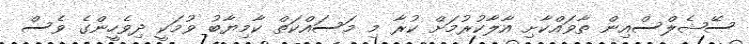
ސޭޝެލްސްއިން ތާވައްކާށި އާލާކުރުމަށް ކުރާ މި މަސައްކަތް ކާމިޔާބު ވުމަކީ ދިވެހީންގެ ވެސް